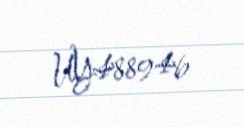
UY488946